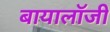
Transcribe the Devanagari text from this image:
बायालॉजी